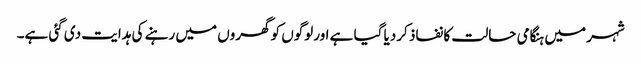
شہر میں ہنگامی حالت کا نفاذ کردیا گیا ہے اورلوگوں کو گھروں میں رہنے کی ہدایت دی گئی ہے۔